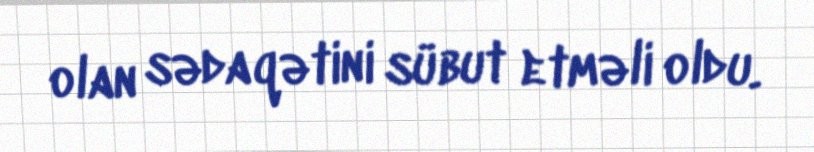
olan sədaqətini sübut etməli oldu.